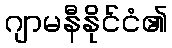
ဂျာမနီနိုင်ငံ၏